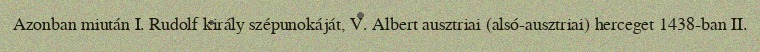
Azonban miután I. Rudolf király szépunokáját, V. Albert ausztriai (alsó-ausztriai) herceget 1438-ban II.